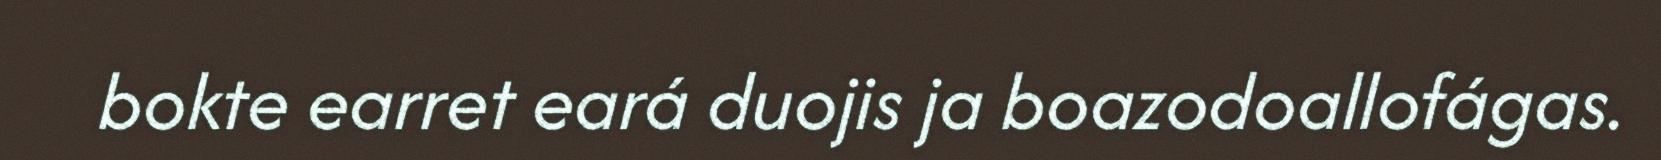
bokte earret eará duojis ja boazodoallofágas.